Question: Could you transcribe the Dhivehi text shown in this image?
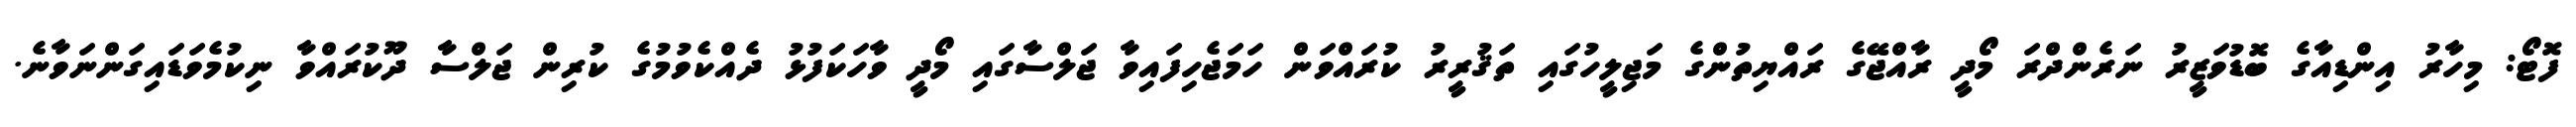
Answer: ފޮޓޯ: މިހާރު އިންޑިއާގެ ބޮޑުވަޒީރު ނަރެންދްރަ މޯދީ ރާއްޖޭގެ ރައްޔިތުންގެ މަޖިލީހުގައި ތަޤުރީރު ކުރައްވަން ހަމަޖެހިފައިވާ ޖަލްސާގައި މޯދީ ވާހަކަފުޅު ދެއްކެވުމުގެ ކުރިން ޖަލްސާ ދޫކުރައްވާ ނިކުމެވަޑައިގަންނަވާނެ.